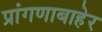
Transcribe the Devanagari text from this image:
प्रांगणाबाहेर